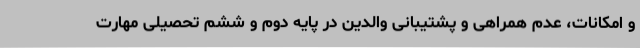
و امکانات، عدم همراهی و پشتیبانی والدین در پایه دوم و ششم تحصیلی مهارت